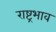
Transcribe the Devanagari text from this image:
राष्ट्रभाव